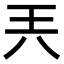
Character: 兲